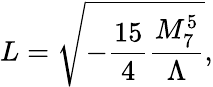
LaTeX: L=\sqrt{-\frac{15}{4}\frac{M_{7}^{5}}{\Lambda}},